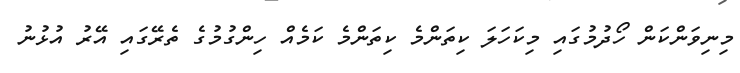
މިނިވަންކަން ހޯދުމުގައި މިކަހަލަ ކިތަންމެ ކިތަންމެ ކަމެއް ހިންގުމުގެ ތެރޭގައި އޭރު އުޅުނު